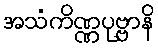
အသံကိဏ္ဏပုဗ္ဗာနိ